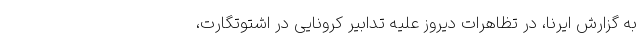
به گزارش ایرنا، در تظاهرات دیروز علیه تدابیر کرونایی در اشتوتگارت،